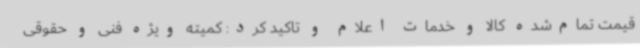
قیمت تمام‌شده کالا و خدمات اعلام و تاکید کرد: کمیته ویژه فنی و حقوقی